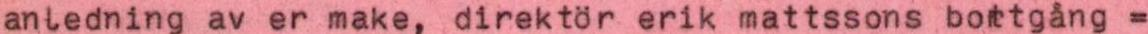
anledning av er make, direktör erik mattssons bortgång =